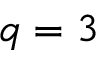
q = 3